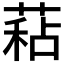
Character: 𦷙